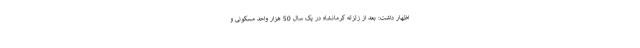
اظهار داشت: بعد از زلزله کرمانشاه در یک سال 50 هزار واحد مسکونی و